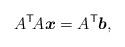
LaTeX: \begin{align*}A^\mathsf{T} \! A \boldsymbol{x} = A^\mathsf{T} \boldsymbol{b},\end{align*}